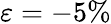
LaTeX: \varepsilon=-5\%